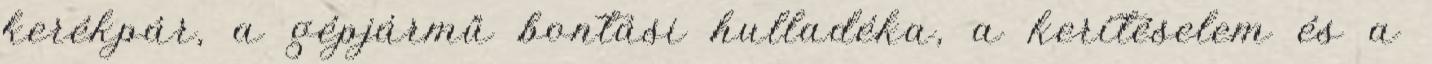
kerékpár, a gépjármű bontási hulladéka, a kerítéselem és a